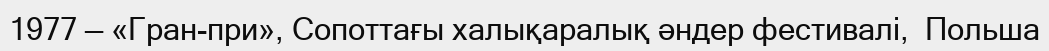
1977 — «Гран-при», Сопоттағы халықаралық әндер фестивалі,  Польша